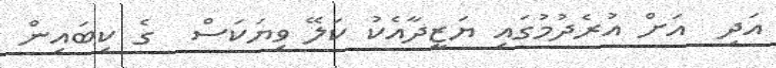
އަދި  އަށް އުރެދުމުގައި ޔަޒީދާއެކު ކަލޭ ވިޔަކަސް  ގެ ކިބައިން